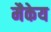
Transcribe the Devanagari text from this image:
मैकेय